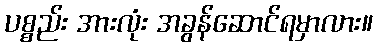
ပစ္စည်း အားလုံး အခွန်ဆောင်ရမှာလား။